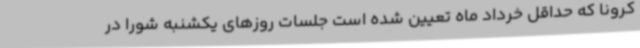
کرونا که حداقل خرداد ماه تعیین شده است جلسات روزهای یکشنبه شورا در